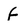
Character: f